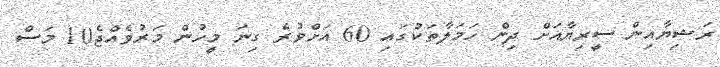
ރަޝިޔާއިން ސީރިޔާއަށް ދިން ހަމަލާތަކުގައި 60 އަށްވުރެ ގިނަ މީހުން މަރުވެއްޖެ10 މަސް